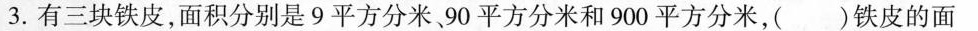
3.有三块铁皮，面积分别是9平方分米90平方分米和900平方分米，（）铁皮的面